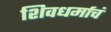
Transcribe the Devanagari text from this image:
शिवधर्माचं